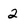
Character: 2